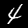
Label: 4